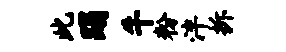
此蹋牛粉泮拆